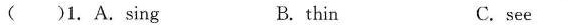
( )1. A.Sing B.thin C.see